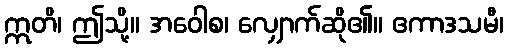
ဣတိ၊ ဤသို့။ အဝေါစ၊ လျှောက်ဆို၏။ ဧကာဒသမီ၊